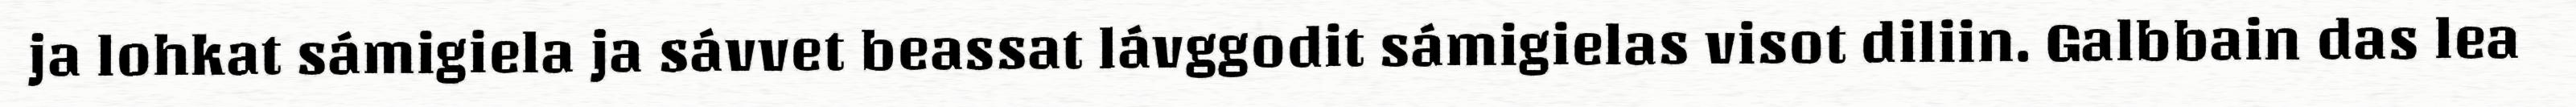
ja lohkat sámigiela ja sávvet beassat lávggodit sámigielas visot diliin. Galbbain das lea